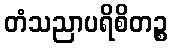
တံသညာပရိစိတဉ္စ